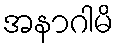
အနာဂါမိ